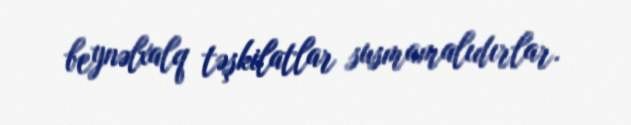
beynəlxalq təşkilatlar susmamalıdırlar.